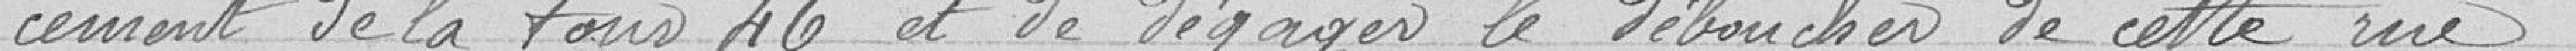
cement de la tour 46 et de dégager le déboucher de cette rue.